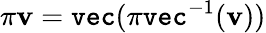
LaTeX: \pi\mathbf{v}=\texttt{vec}(\pi\texttt{vec}^{-1}(\mathbf{v}))